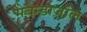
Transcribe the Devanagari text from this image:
मेबेन्डाज़ॉल